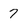
Character: 7